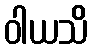
ဝါယသိ